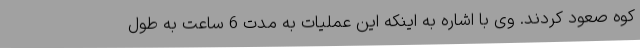
کوه صعود کردند. وی با اشاره به اینکه این عملیات به مدت 6 ساعت به طول